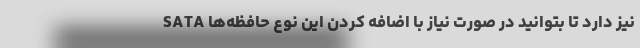
SATA نیز دارد تا بتوانید در صورت نیاز با اضافه کردن این نوع حافظه‌ها